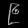
Digit: ၉